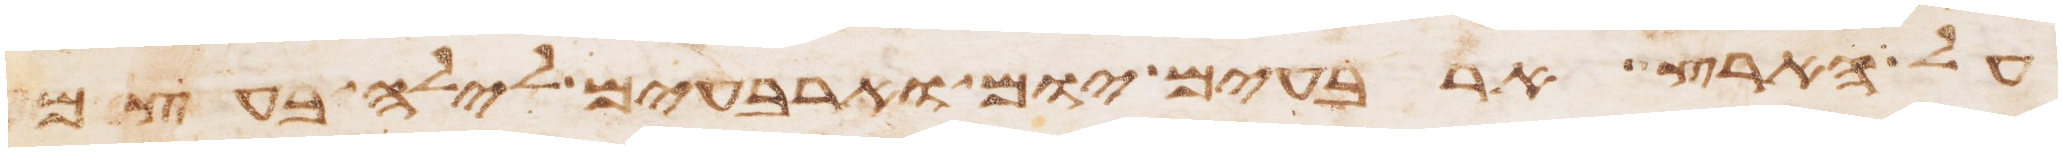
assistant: על הארץ ארבעים יום וארבעים לילה בעצם